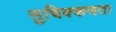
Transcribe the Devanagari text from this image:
सुचिक्कणता